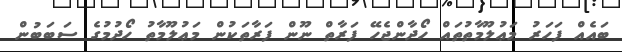
ބައެއް ފަހަރު މަޢުލޫމާތުތައް ހޯދާންޖެހޭ ފަރާތް ނޫން ފަރާތަކުން މަޢުލޫމާތު ހޯދުމުގެ ސަބަބުން